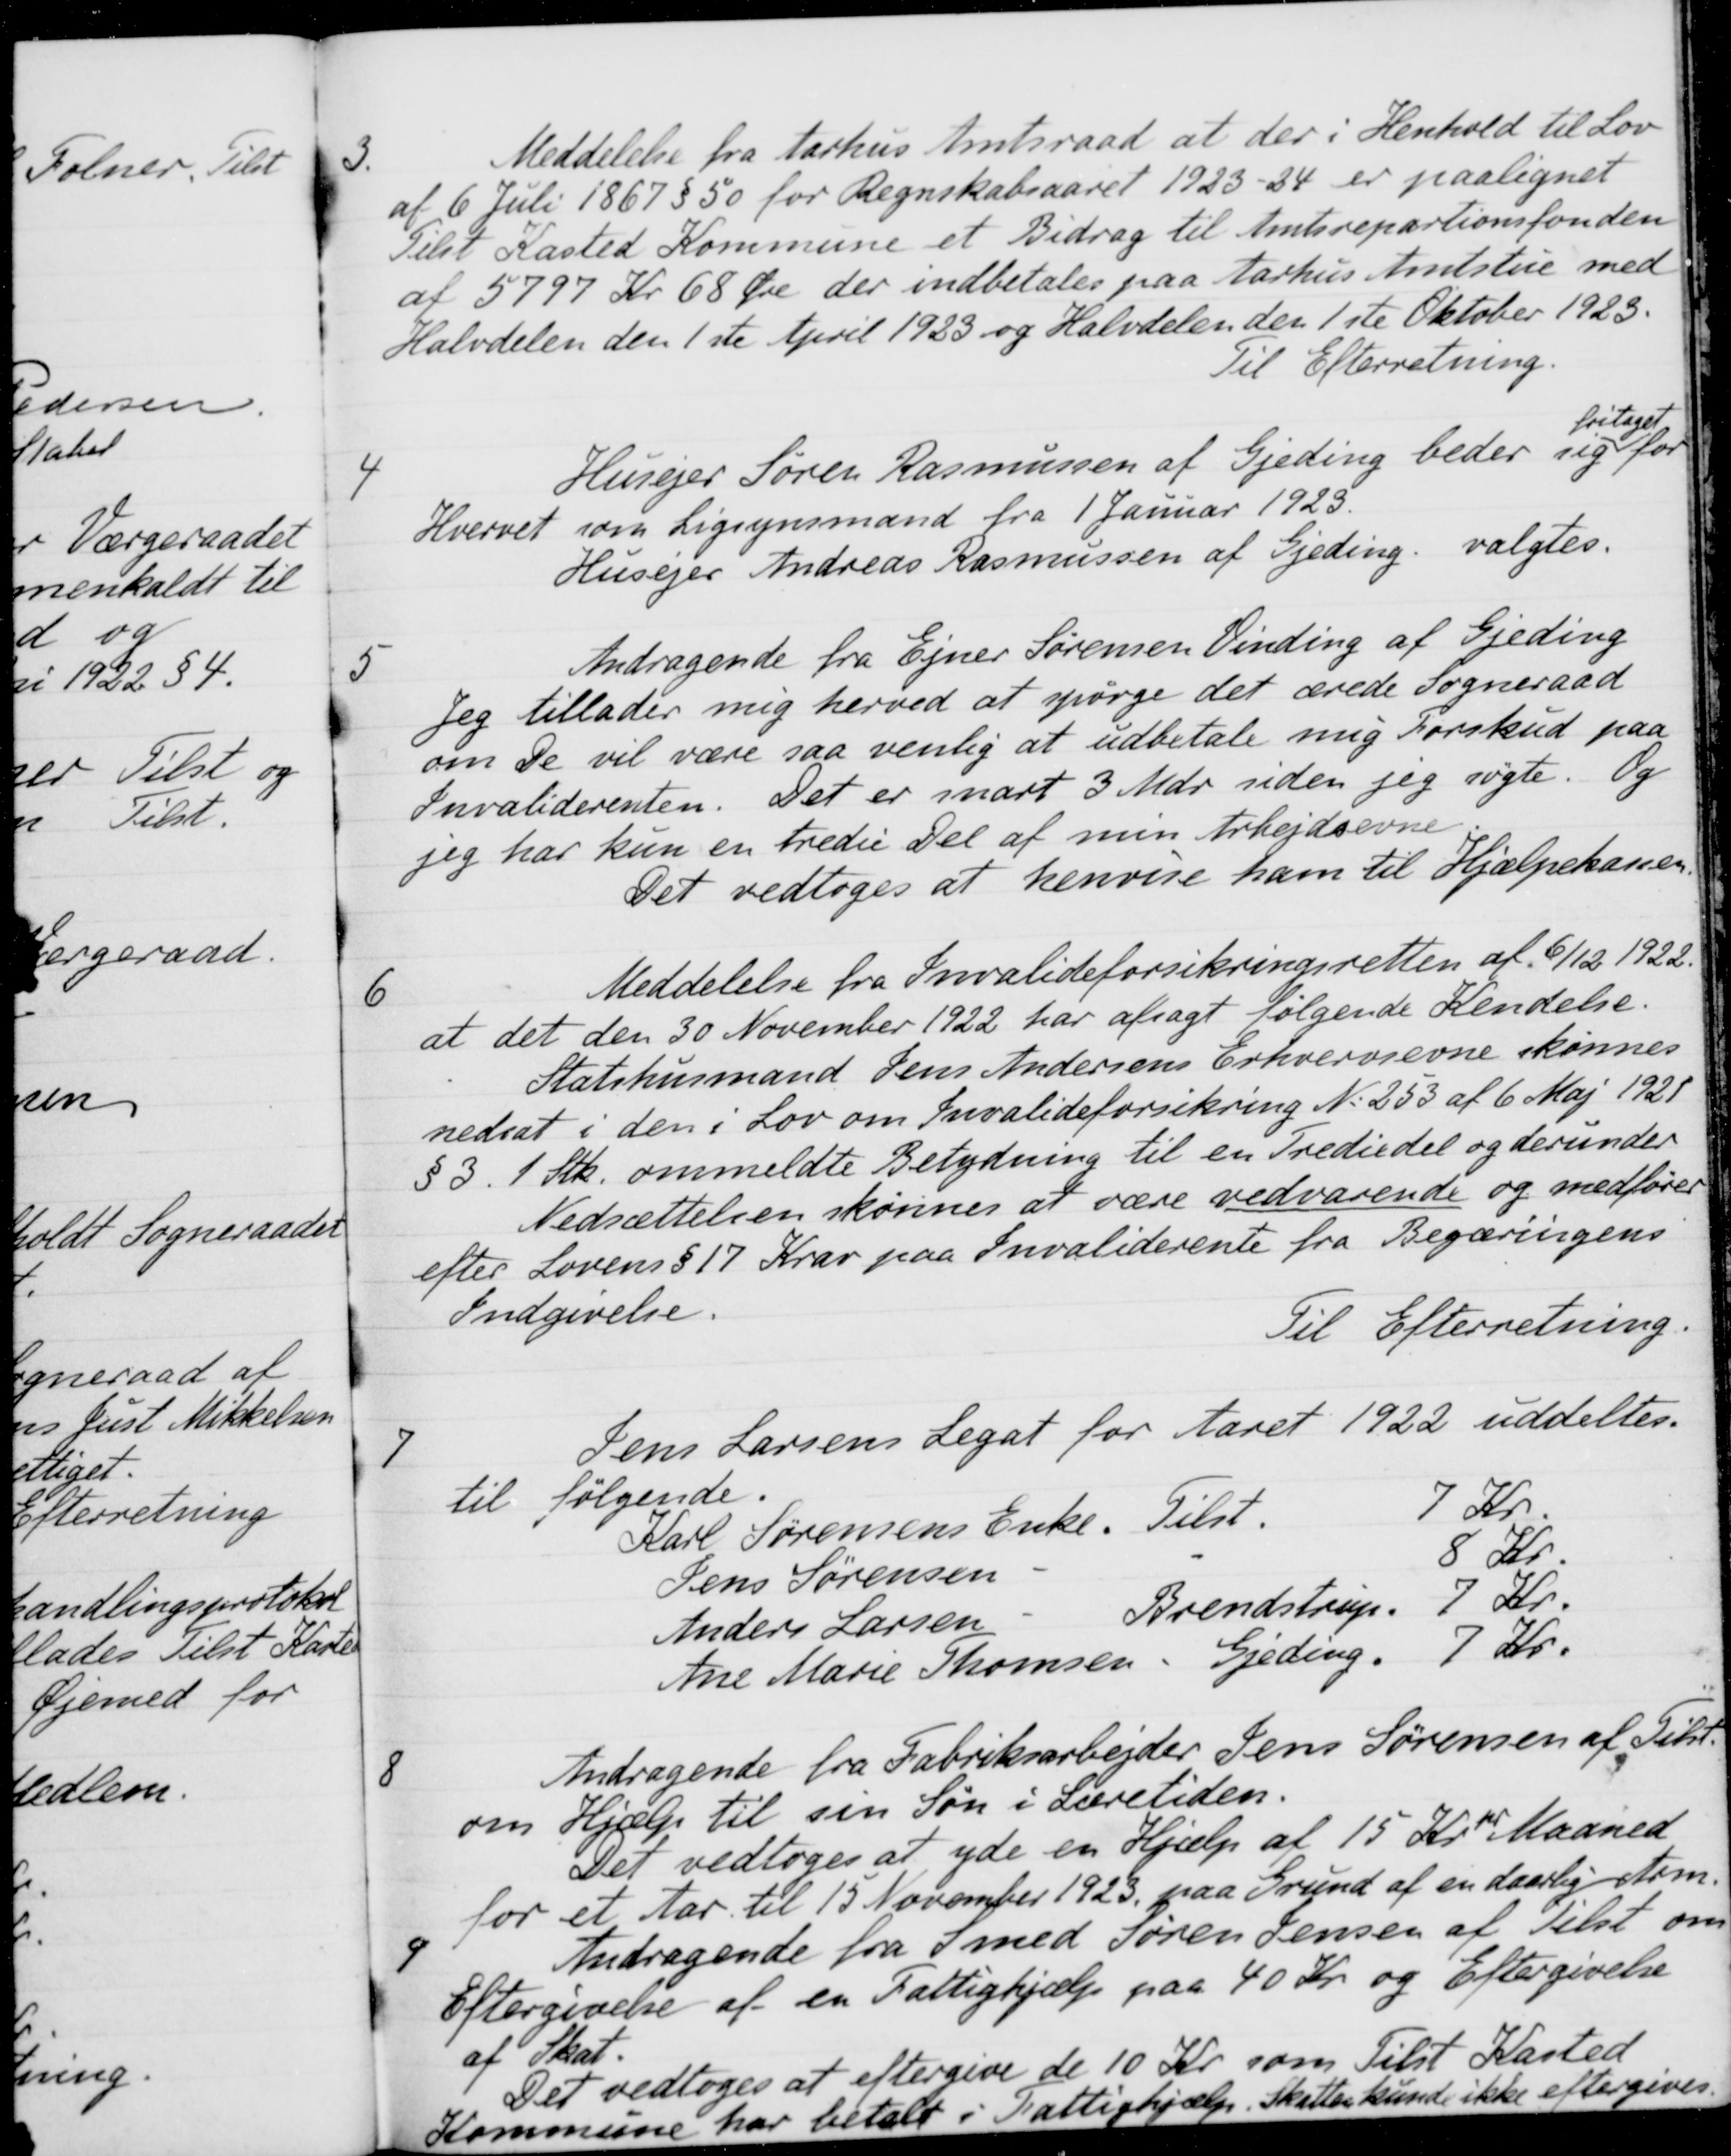
Transskription:
3.
Meddelelse fra Aarhus Amtsraad at der i Henhold til Lov
af 6 Juli 1867 § 50 for Regnskabsaaret 1923 - 24 er paalignet
Telst Kasted Kommune et Bidrag til Amtsrepartionsfonden
af 5797 Kr 68 Øre der indbetales paa Aarhus Amtstue med
Halvdelen den 1ste April 1923 og Halvdelen den 1ste Oktober 1923.
Til Efterretning.
4
Husejer Søren Rasmussen af Gjeding beder sig
fritaget
for
Hvervet som Ligsynsmand fra 1 Januar 1923.
Husejer Andreas Rasmussen af Gjeding valgtes.
5
Andragende fra Ejner Sørensen Vinding af Gjeding
Jeg tillader mig herved at spørge det ærede Sogneraad
om De vil være saa venlig at udbetale mig Forskud paa
Invaliderenten. Det er snart 3 Mdr siden jeg søgte. Og
jeg har kun en tredie Del af min Arbejdsevne
Det vedtoges at henvise ham til Hjælpekassen.
6
Meddelelse fra Invalideforsikringsretten af 6/12 1922.
at det den 30 November 1922 har afsagt følgende Kendelse.
Statshusmand Jens Andersens Erhvervsevne skønnes
nedsat i den i Lov om Invalideforsikring N. 253 af 6 Maj 1921
§ 3. 1 Stk. ommeldte Betydning til en Trediedel og derunder
Nedsættelsen skønnes at være vedvarende og medfører
efter Lovens § 17 Krav paa Invaliderente fra Begæringens
Indgivelse.
Til Efterretning.
7
Jens Larsens Legat for Aaret 1922 uddeltes.
til følgende.
Karl Sørensens Enke
Tilst
7 Kr
Jens Sørensen
8 Kr
Anders Larsen
Brendstrup
7 Kr.
Ane Marie Thomsen
Gjeding
7 Kr.
8
Andragende fra Fabriksarbejder Jens Sørensen af Tilst
om Hjælp til sin Søn i Læretiden.
Det vedtoges at yde en Hjælp af 15 Kr pr Maaned
for et Aar til 15 November 1923 paa Grund af en daarlig Arm.
9
Andragende fra Smed Søren Jensen af Tilst om
Eftergivelse af en Fattighjælp paa 40 Kr. og Eftergivelse
af Skat.
Det vedtoges at eftergive de 10 Kr. som Tilst Kasted
ie har betalt i Fattighjælp, skatter kunde ikke eftergives.